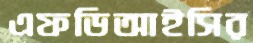
এফডিআইসির